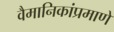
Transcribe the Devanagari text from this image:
वैमानिकांप्रमाणे